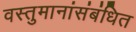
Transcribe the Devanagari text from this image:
वस्तुमानांसंबंधित